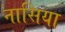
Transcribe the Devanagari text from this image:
नासिया